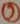
Text: 2